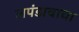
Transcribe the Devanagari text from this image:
लपंडावाचा